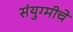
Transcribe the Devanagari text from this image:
संयुग्मीचे